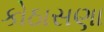
કોઠાસણા